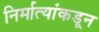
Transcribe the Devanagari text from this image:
निर्मात्यांकडून